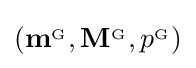
\left(\mathbf {m} ^{_{\mathrm {G} }},\mathbf {M} ^{_{\mathrm {G} }},p^{_{\mathrm {G} }}\right)